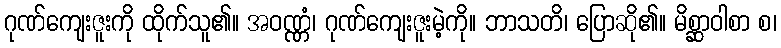
ဂုဏ်ကျေးဇူးကို ထိုက်သူ၏။ အဝဏ္ဏံ၊ ဂုဏ်ကျေးဇူးမဲ့ကို။ ဘာသတိ၊ ပြောဆို၏။ မိစ္ဆာဝါစာ စ၊